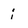
Character: i